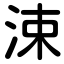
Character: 涑